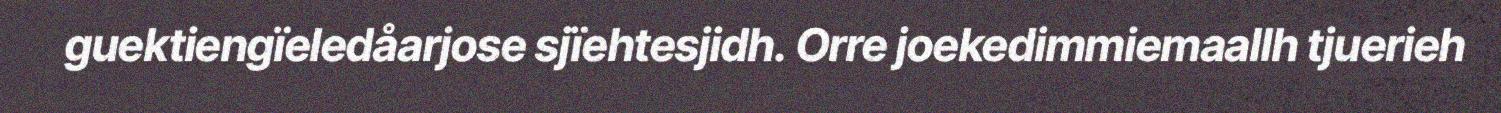
guektiengïeledåarjose sjïehtesjidh. Orre joekedimmiemaallh tjuerieh